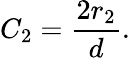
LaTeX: C_{2}=\frac{2r_{2}}{d}.